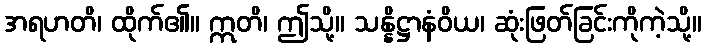
အရဟတိ၊ ထိုက်၏။ ဣတိ၊ ဤသို့။ သန္နိဋ္ဌာနံဝိယ၊ ဆုံးဖြတ်ခြင်းကိုကဲ့သို့။